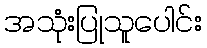
အသုံးပြုသူပေါင်း